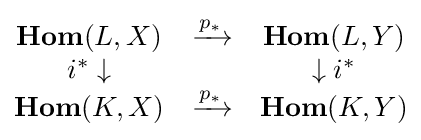
{\begin{matrix}{\textbf {Hom}}(L,X)&\xrightarrow {p_{*}} &{\textbf {Hom}}(L,Y)\\i^{*}\downarrow &&\downarrow i^{*}\\{\textbf {Hom}}(K,X)&\xrightarrow {p_{*}} &{\textbf {Hom}}(K,Y)\end{matrix}}